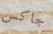
جاكس